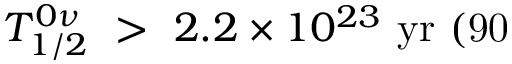
T _ { 1 / 2 } ^ { 0 \nu } \ > \ { 2 . 2 } \times 1 0 ^ { 2 3 } \ \mathrm { y r \ ( 9 0 \ }